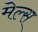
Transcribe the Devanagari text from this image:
मेल्स